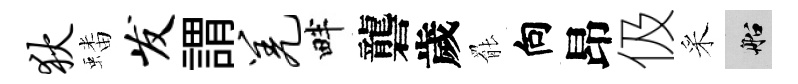
狄蟠发謂羌畔礱歲罷向昂伋采船